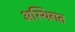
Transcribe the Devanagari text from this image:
अस्थिगत